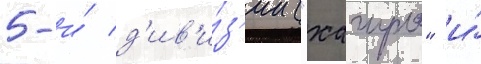
5-и́ д'ив'и́з'ии ("хагуро" и́